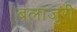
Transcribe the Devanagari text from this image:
बलाजुरी